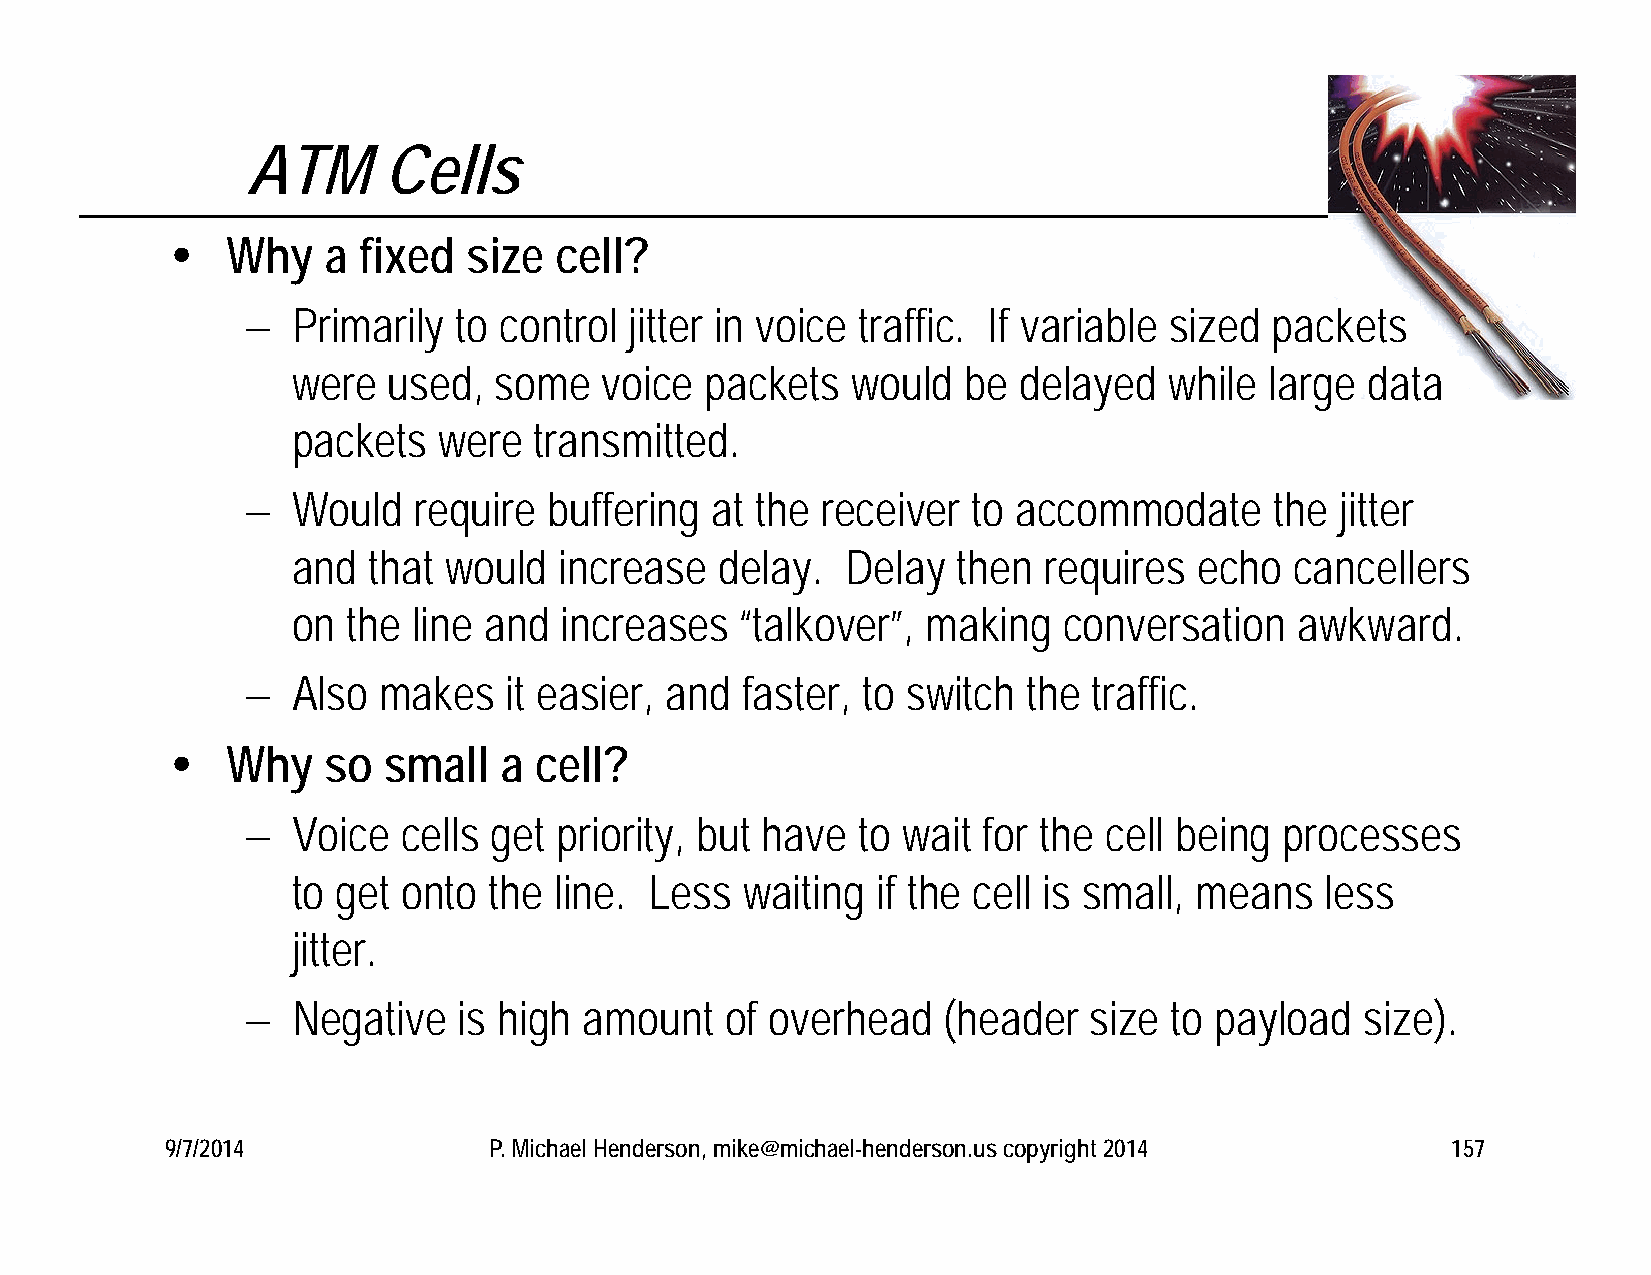
ATM      Cells
    Why   a  fixed  size  cell?
   Primarily  to control  jitter in voice traffic. If variable sized packets
 were   used,  some   voice  packets  would   be delayed   while  large data
 packets   were  transmitted.
   Would   require  buffering  at the receiver  to accommodate      the  jitter
 and  that would   increase   delay.  Delay  then  requires  echo   cancellers
 on  the line and  increases   “talkover”, making   conversation    awkward.
   Also  makes    it easier, and faster, to switch  the traffic.
    Why   so  small   a cell?
   Voice   cells get priority, but have  to wait for the cell being  processes
 to get  onto the  line. Less  waiting  if the cell is small, means   less
 jitter.
   Negative   is high  amount   of overhead   (header   size  to payload  size).
 9/7/2014             P. Michael Henderson, mike@michael-henderson.us copyright 2014  157